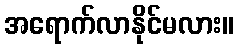
အရောက်လာနိုင်မလား။